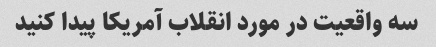
سه واقعیت در مورد انقلاب آمریکا پیدا کنید